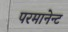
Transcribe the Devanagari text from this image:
परमानेन्ट